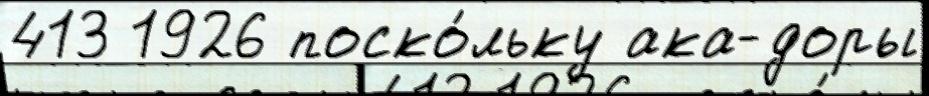
413 1926 поско́льку ака-доры